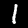
Label: 1